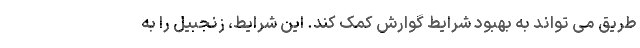
طریق می تواند به بهبود شرایط گوارش کمک کند. این شرایط، زنجبیل را به